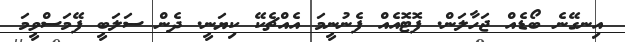
އިނގޭނެ ބޯޑެއް ޖަހާލަން. ފޮޓޮއެއް ފެނުނީމަ އެއްޗެކޭ ކިޔަނީ. ދެން ސަލަބީ ފޭމަސްވީމަ